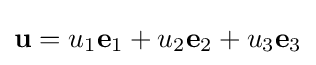
\mathbf {u} =u_{1}\mathbf {e} _{1}+u_{2}\mathbf {e} _{2}+u_{3}\mathbf {e} _{3}